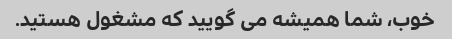
خوب، شما همیشه می گویید که مشغول هستید.